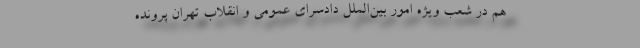
هم در شعب ویژه امور بین‌الملل دادسرای عمومی و انقلاب تهران پرونده